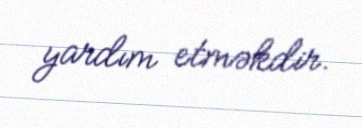
yardım etməkdir.